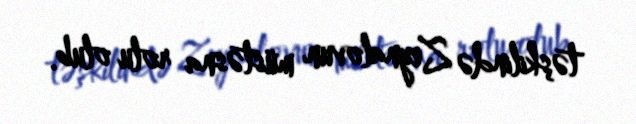
təşkilində Zeynalovun müstəsna rolu olub.